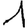
Digit: 1